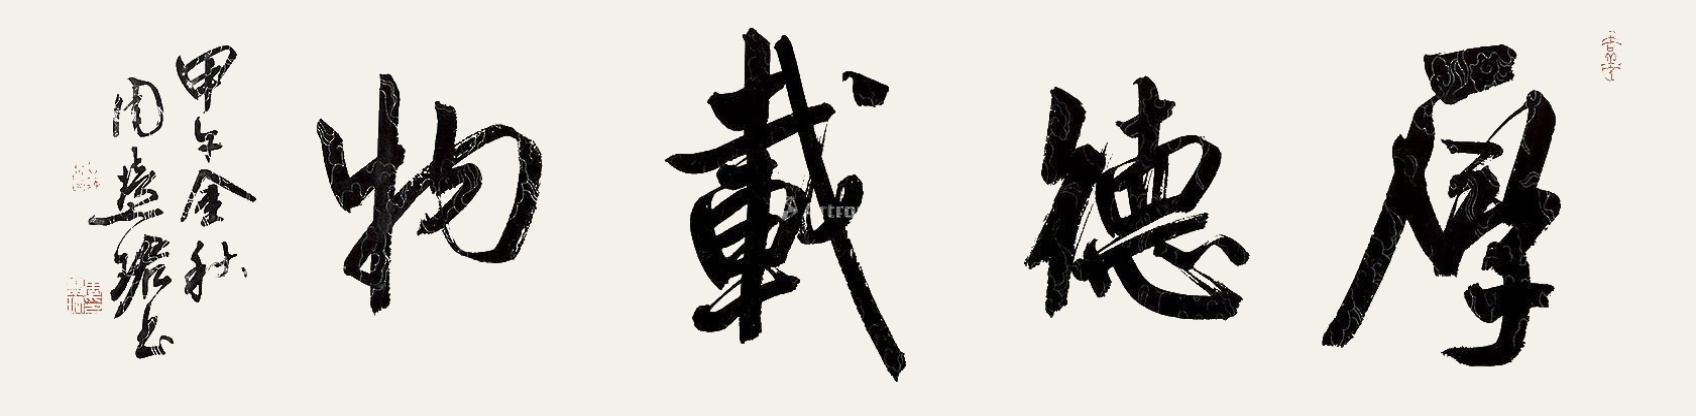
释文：厚德载物甲午金秋，周慧珺书。